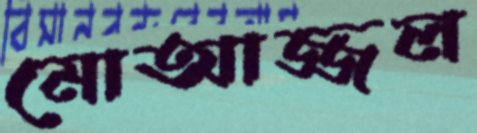
মোআজ্জল